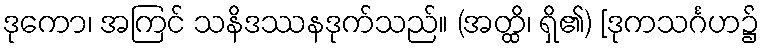
ဒုကော၊ အကြင် သနိဒဿနဒုက်သည်။ (အတ္ထိ၊ ရှိ၏) [ဒုကသင်္ဂဟ၌